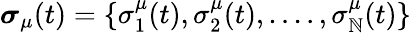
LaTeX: \boldsymbol\sigma_{\mu}(t)=\{ \sigma_{1}^{\mu}(t),\sigma_{2}^{\mu}(t),....,\sigma_{\mathbb{N}}^{\mu}(t)\}